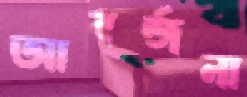
আবর্জনা